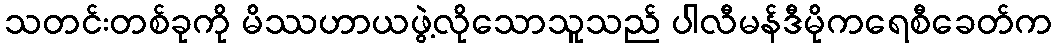
သတင်းတစ်ခုကို မိဿဟာယဖွဲ့လိုသောသူသည် ပါလီမန်ဒီမိုကရေစီခေတ်က